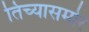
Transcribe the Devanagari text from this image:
तिच्यासमोर